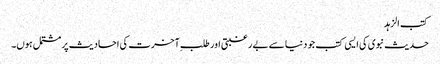
کتب الزہد
حدیث نبوی کی ایسی کتب جو دنیا سے بے رغبتی اور طلبِ آخرت کی احادیث پر مشتمل ہوں۔